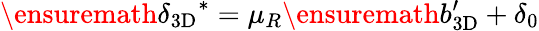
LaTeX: \ensuremath{\delta_{\mathrm{3D}}}^{*}=\mu_{R}\ensuremath{b_{\mathrm{3D}}^{\prime}}+\delta_{0}